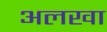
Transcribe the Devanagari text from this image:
अलखा